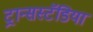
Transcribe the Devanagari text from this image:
ट्रान्सस्टॅडिया